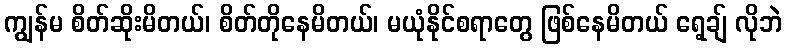
ကျွန်မ စိတ်ဆိုးမိတယ်၊ စိတ်တိုနေမိတယ်၊ မယုံနိုင်စရာတွေ ဖြစ်နေမိတယ် ရေ့ချ် လိုဘဲ